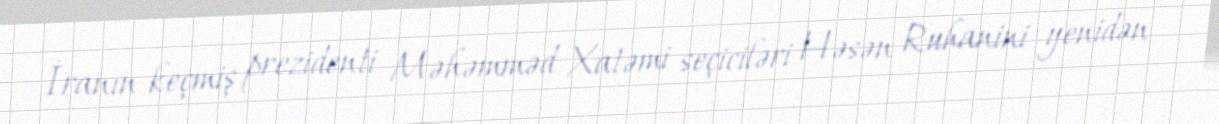
İranın keçmiş prezidenti Məhəmməd Xatəmi seçiciləri Həsən Ruhanini yenidən